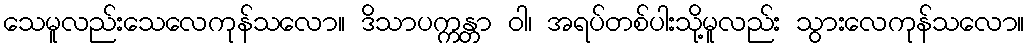
သေမူလည်းသေလေကုန်သလော။ ဒိသာပက္ကန္တာ ဝါ၊ အရပ်တစ်ပါးသို့မူလည်း သွားလေကုန်သလော။